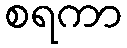
စရကာ